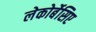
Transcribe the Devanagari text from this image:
लेकोर्बेसिए